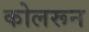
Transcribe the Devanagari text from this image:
कोलरून